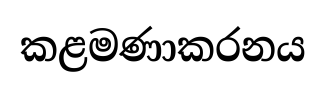
කළමණාකරනය